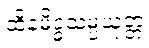
ထိနမိဒ္ဓသမ္ပယုတ္တံ